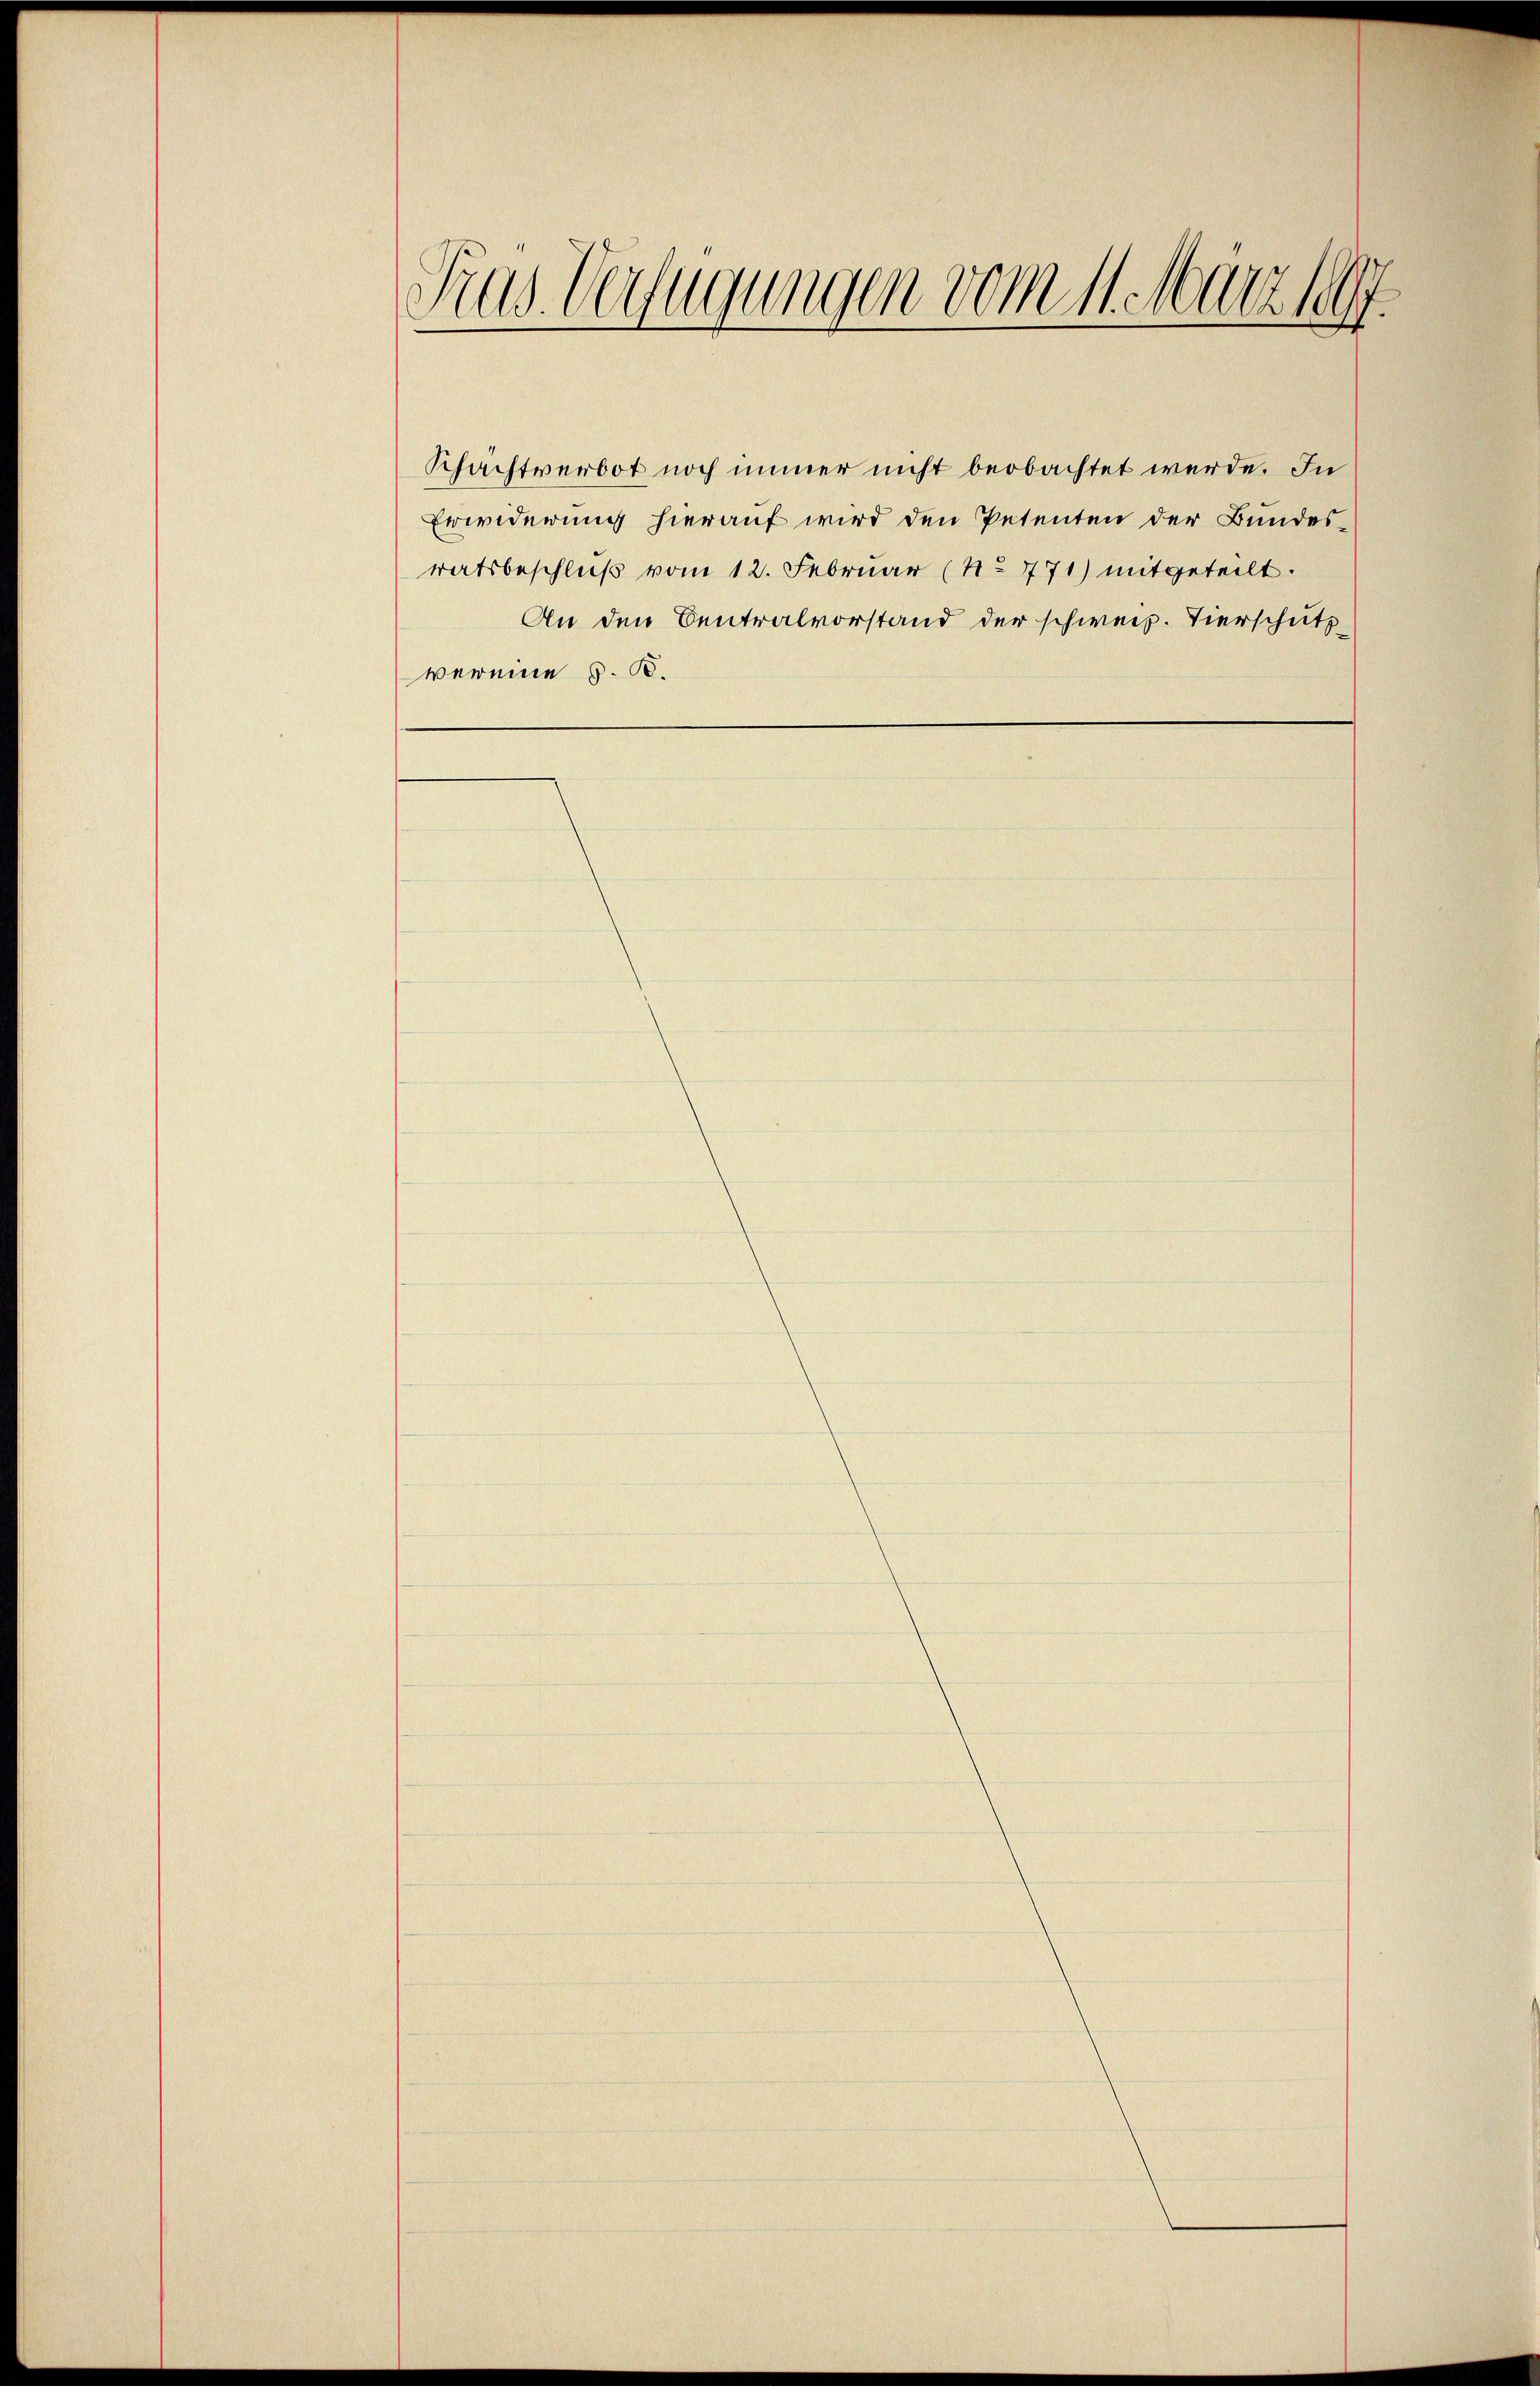
Kus Verfügungen vom 11. März 1897.

Schachtverbot noch immer nicht beobachtet werde. In
Erwiderung hierauf wird den Petenten der Bundesratsbeschluß vom 12. Februar (No 771) mitgeteilt.
An den Centralvorstand der schweiz. Tierschutz
vereine z. B.